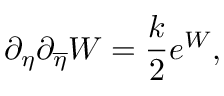
\partial _ { \eta } \partial _ { \overline { { { \eta } } } } W = { \frac { k } { 2 } } e ^ { W } ,